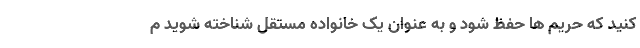
کنید که حریم ها حفظ شود و به عنوان یک خانواده مستقل شناخته شوید م